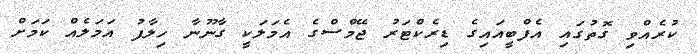
ކުރެއްވި ގޮތުގައި އެފްބީއައިގެ ޑިރެކްޓަރު ޖޭމްސްގެ އެމަލަކީ ގާނޫނާ ހިލާފު އަމަލެއް ކަމަށް